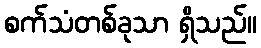
စက်သံတစ်ခုသာ ရှိသည်။